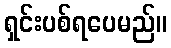
ရှင်းပစ်ရပေမည်။